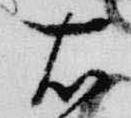
右